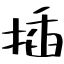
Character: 插